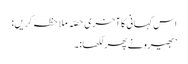
اس کہانی کا آخری حصّہ ملاحظہ کریں:
’ بھیرو نے پھر لکھا:۔